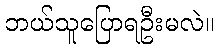
ဘယ်သူပြောရဦးမလဲ။